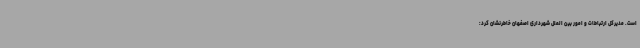
است. مدیرکل ارتباطات و امور بین الملل شهرداری اصفهان خاطرنشان کرد: